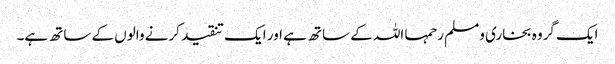
ایک گروہ بخاری ومسلم رحمہا اللہ کے ساتھ ہے اور ایک تنقید کرنے والوں کے ساتھ ہے۔